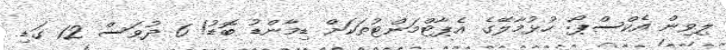
ލިވިން އެކްސްޕޯ: ހުޅުމާލޭގެ އެޕާޓްމަންޓުތަކަށް ޑިމާންޑު ބޮޑު! 6 ދުވަސް 12 ގަޑި